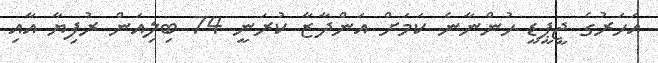
އަހަރުގެ ޖީޕީޑީ ހުންނާނެ ކަމަށް އަންދާޒާ ކުރަނީ 74 ބިލިއަން ރުފިޔާ އާއި